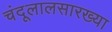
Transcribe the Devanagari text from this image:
चंदूलालसारख्या